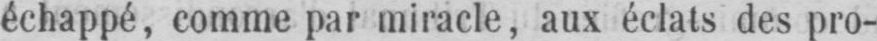
échappé, comme par miracle, aux éclats des pro-